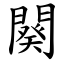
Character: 闋